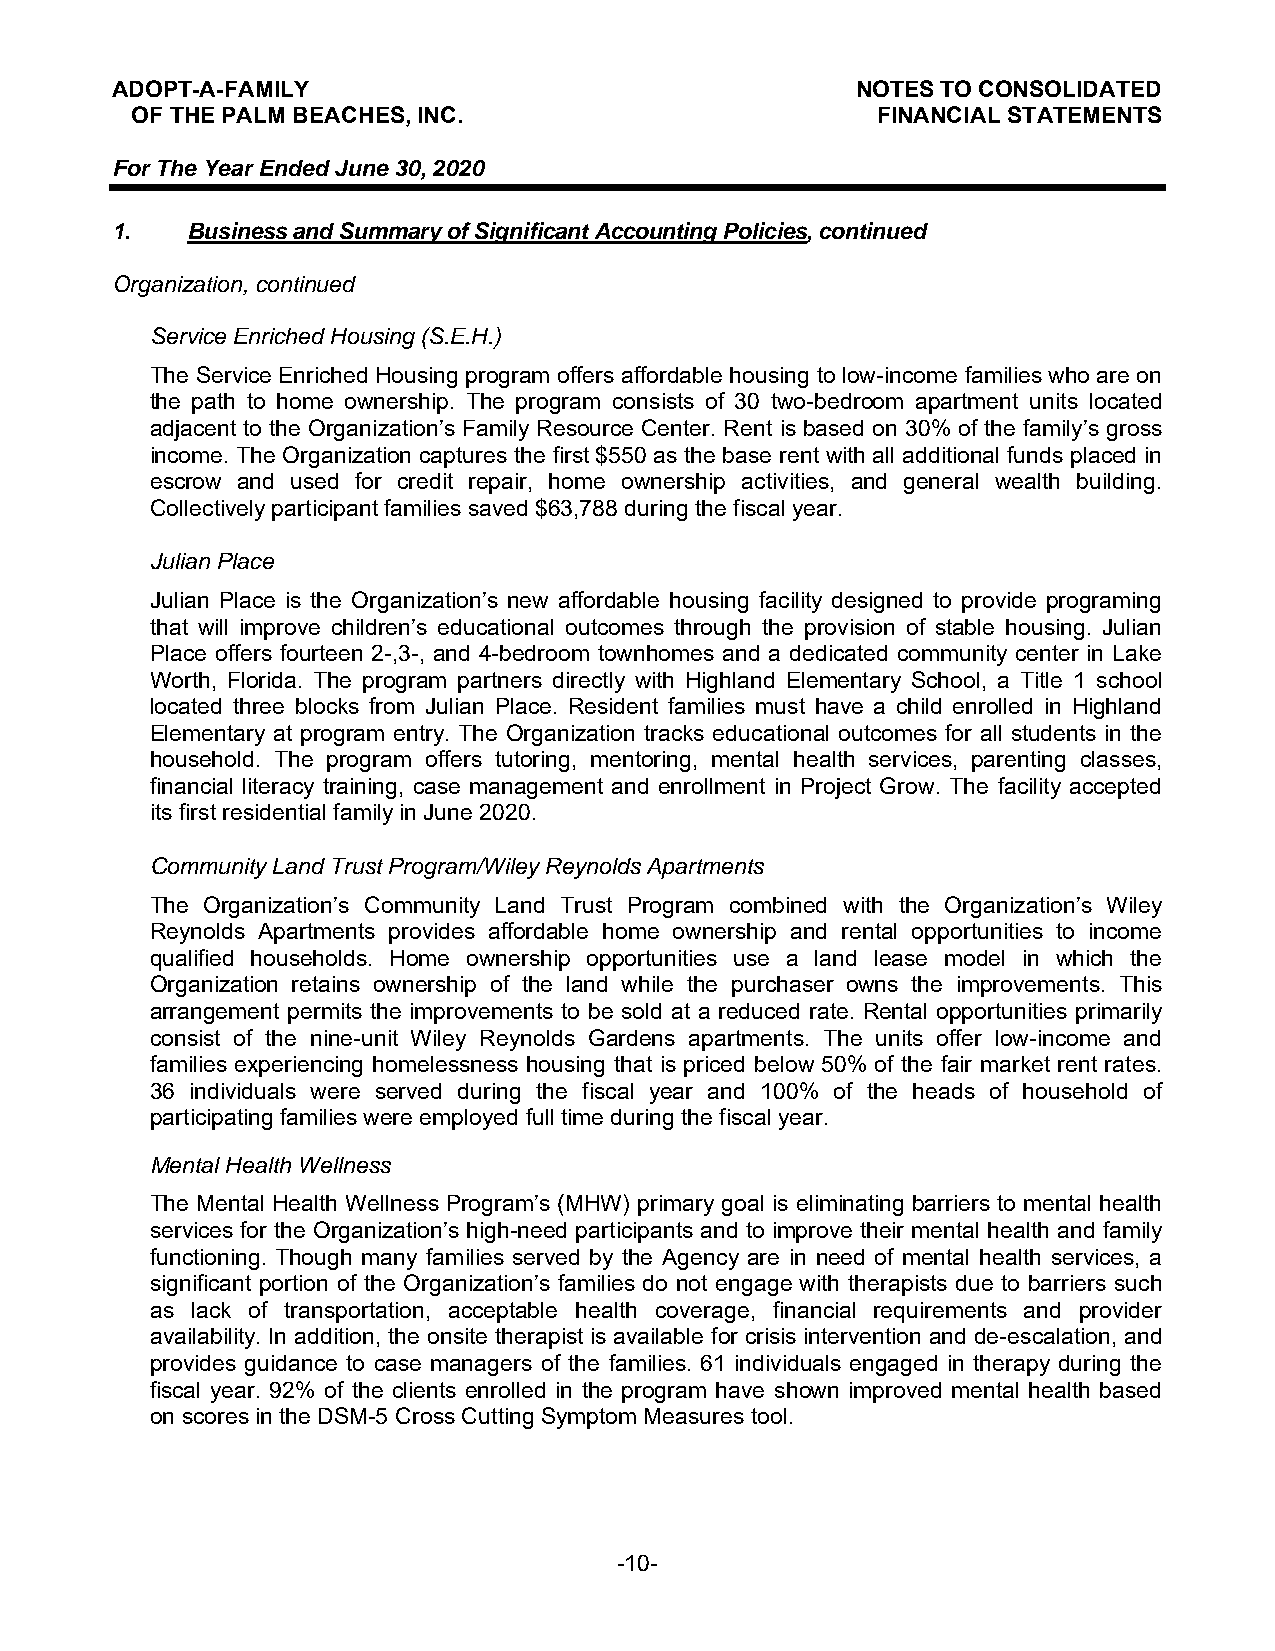
ADOPT-A-FAMILY                                    NOTES TO CONSOLIDATED
 OF THE PALM BEACHES, INC.                        FINANCIAL STATEMENTS
 For The Year Ended June 30, 2020
 1.   Business and Summary of Significant Accounting Policies, continued
 Organization, continued
 Service Enriched Housing (S.E.H.)
 The Service Enriched Housing program offers affordable housing to low-income families who are on
 the path to home ownership. The program consists of 30 two-bedroom apartment units located
 adjacent to the Organization’s Family Resource Center. Rent is based on 30% of the family’s gross
 income. The Organization captures the first $550 as the base rent with all additional funds placed in
 escrow and used for credit repair, home ownership activities, and general wealth building.
 Collectively participant families saved $63,788 during the fiscal year.
 Julian Place
 Julian Place is the Organization’s new affordable housing facility designed to provide programing
 that will improve children’s educational outcomes through the provision of stable housing. Julian
 Place offers fourteen 2-,3-, and 4-bedroom townhomes and a dedicated community center in Lake
 Worth, Florida. The program partners directly with Highland Elementary School, a Title 1 school
 located three blocks from Julian Place. Resident families must have a child enrolled in Highland
 Elementary at program entry. The Organization tracks educational outcomes for all students in the
 household. The program offers tutoring, mentoring, mental health services, parenting classes,
 financial literacy training, case management and enrollment in Project Grow. The facility accepted
 its first residential family in June 2020.
 Community Land Trust Program/Wiley Reynolds Apartments
 The Organization’s Community Land Trust Program combined with the Organization’s Wiley
 Reynolds Apartments provides affordable home ownership and rental opportunities to income
 qualified households. Home ownership opportunities use a land lease model in which the
 Organization retains ownership of the land while the purchaser owns the improvements. This
 arrangement permits the improvements to be sold at a reduced rate. Rental opportunities primarily
 consist of the nine-unit Wiley Reynolds Gardens apartments. The units offer low-income and
 families experiencing homelessness housing that is priced below 50% of the fair market rent rates.
 36 individuals were served during the fiscal year and 100% of the heads of household of
 participating families were employed full time during the fiscal year.
 Mental Health Wellness
 The Mental Health Wellness Program’s (MHW) primary goal is eliminating barriers to mental health
 services for the Organization’s high-need participants and to improve their mental health and family
 functioning. Though many families served by the Agency are in need of mental health services, a
 significant portion of the Organization’s families do not engage with therapists due to barriers such
 as lack of transportation, acceptable health coverage, financial requirements and provider
 availability. In addition, the onsite therapist is available for crisis intervention and de-escalation, and
 provides guidance to case managers of the families. 61 individuals engaged in therapy during the
 fiscal year. 92% of the clients enrolled in the program have shown improved mental health based
 on scores in the DSM-5 Cross Cutting Symptom Measures tool.
 -10-